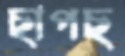
ছাপছ